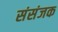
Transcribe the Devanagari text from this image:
संसंजक